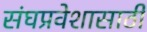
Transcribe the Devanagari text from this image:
संघप्रवेशासाठी